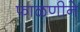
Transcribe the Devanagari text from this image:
फाळणीने